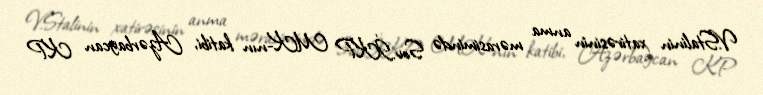
V.Stalinin xatirəsinin anma mərasimində Sov.İKP MK-nın katibi, Azərbaycan KP